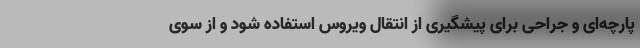
پارچه‌ای و جراحی برای پیشگیری از انتقال ویروس استفاده شود و از سوی